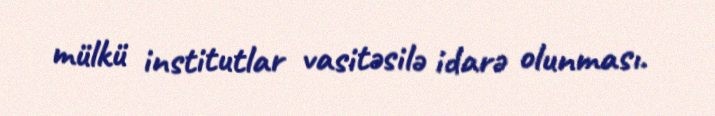
mülkü institutlar vasitəsilə idarə olunması.